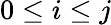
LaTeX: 0\leq i\leq j